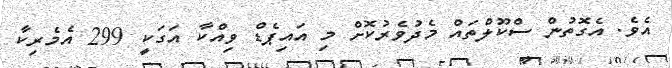
އެވެ. އެގޮތުން ސްކޫލްތައް މެދުވެރުކޮށް މި އައިޕެޑް ވިއްކާ އަގަކީ 299 އެމެރިކާ